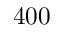
4 0 0